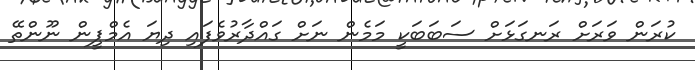
ކުރަން ވަރަށް ރަނގަޅަށް ސަބަބަކީ މަމެން ނަށް ގައްދާރުވެފައި ދިޔަ އެމްޕީން ނޫންތޭ